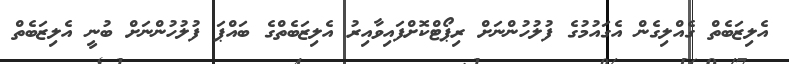
އެލިޒަބެތް ގެއްލިގެން އެގައުމުގެ ފުލުހުންނަށް ރިޕޯޓްކޮށްފައިވާއިރު އެލިޒަބެތްގެ ބައްޕަ ފުލުހުންނަށް ބުނީ އެލިޒަބެތް